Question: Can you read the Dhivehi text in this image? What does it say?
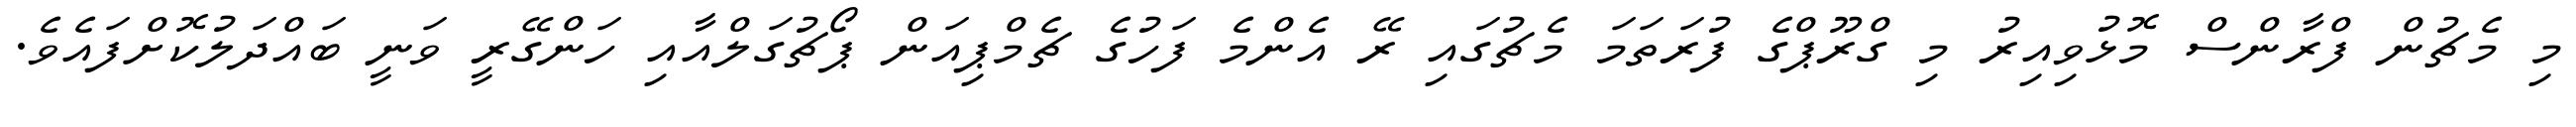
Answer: މި މެޗުން ފްރާންސް މޮޅުވިއިރު މި ގްރޫޕްގެ ފުރަތަމަ މެޗުގައި ރޭ އެންމެ ފަހުގެ ޗެމްޕިއަން ޕޯޗުގަލްއާއި ހަންގޭރީ ވަނީ ބައްދަލުކޮށްފައެވެ.